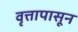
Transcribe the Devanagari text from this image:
वृत्तापासून